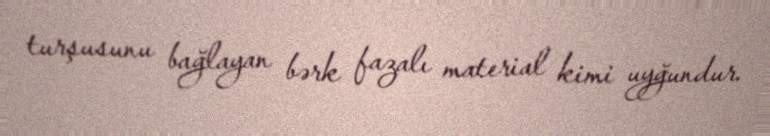
turşusunu bağlayan bərk fazalı material kimi uyğundur.